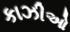
કાઝીઓ